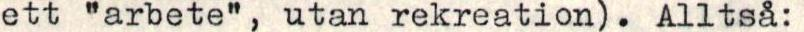
ett "arbete", utan rekreation). Alltså: